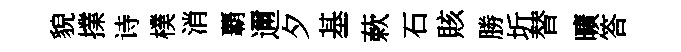
貌擈诗樸消覇邇夕基蔌石賅勝圻替曠答